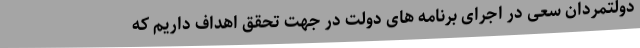
دولتمردان سعی در اجرای برنامه های دولت در جهت تحقق اهداف داریم که